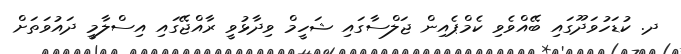
ދ. ކުޑަހުވަދޫގައި ބޭއްވެވި ކެމްޕެއިން ޖަލްސާގައި ޝަހީމް ވިދާޅުވީ ރާއްޖޭގައި އިސްލާމީ ދައުވަތަށް